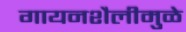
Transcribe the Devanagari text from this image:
गायनशैलीमुळे